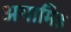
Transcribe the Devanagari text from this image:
अगामिड